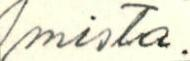
mista.